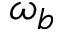
\omega _ { b }